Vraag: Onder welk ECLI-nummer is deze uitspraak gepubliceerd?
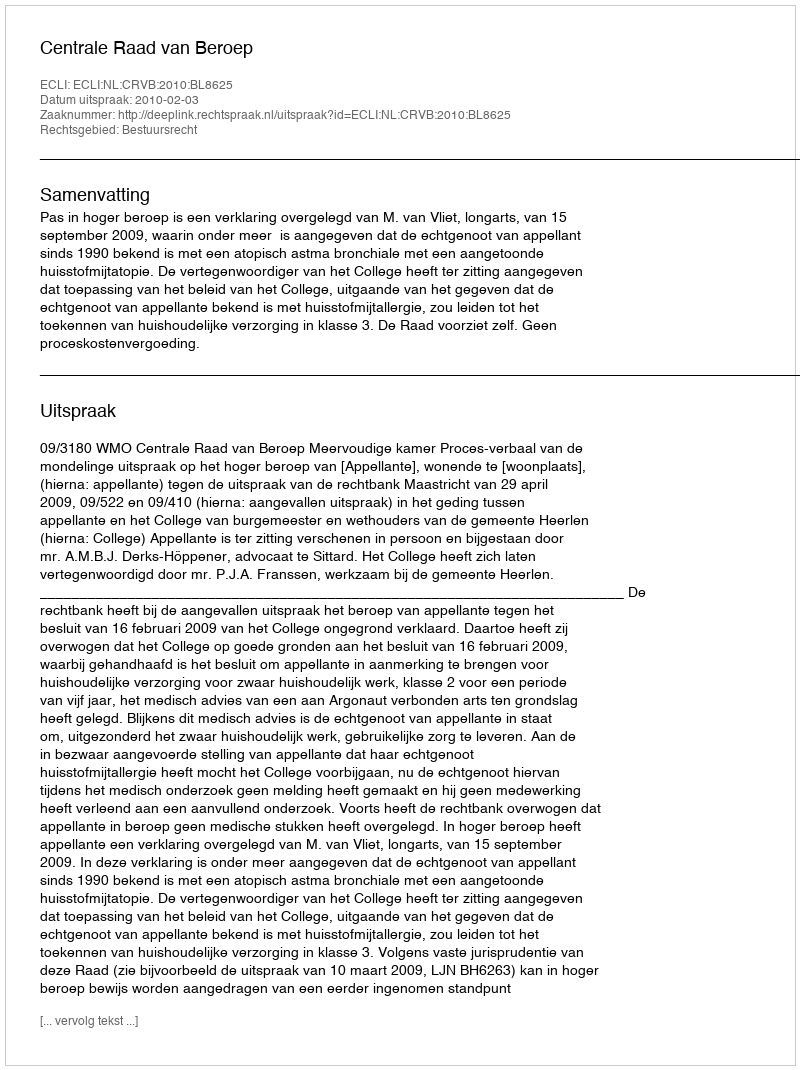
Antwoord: ECLI:NL:CRVB:2010:BL8625